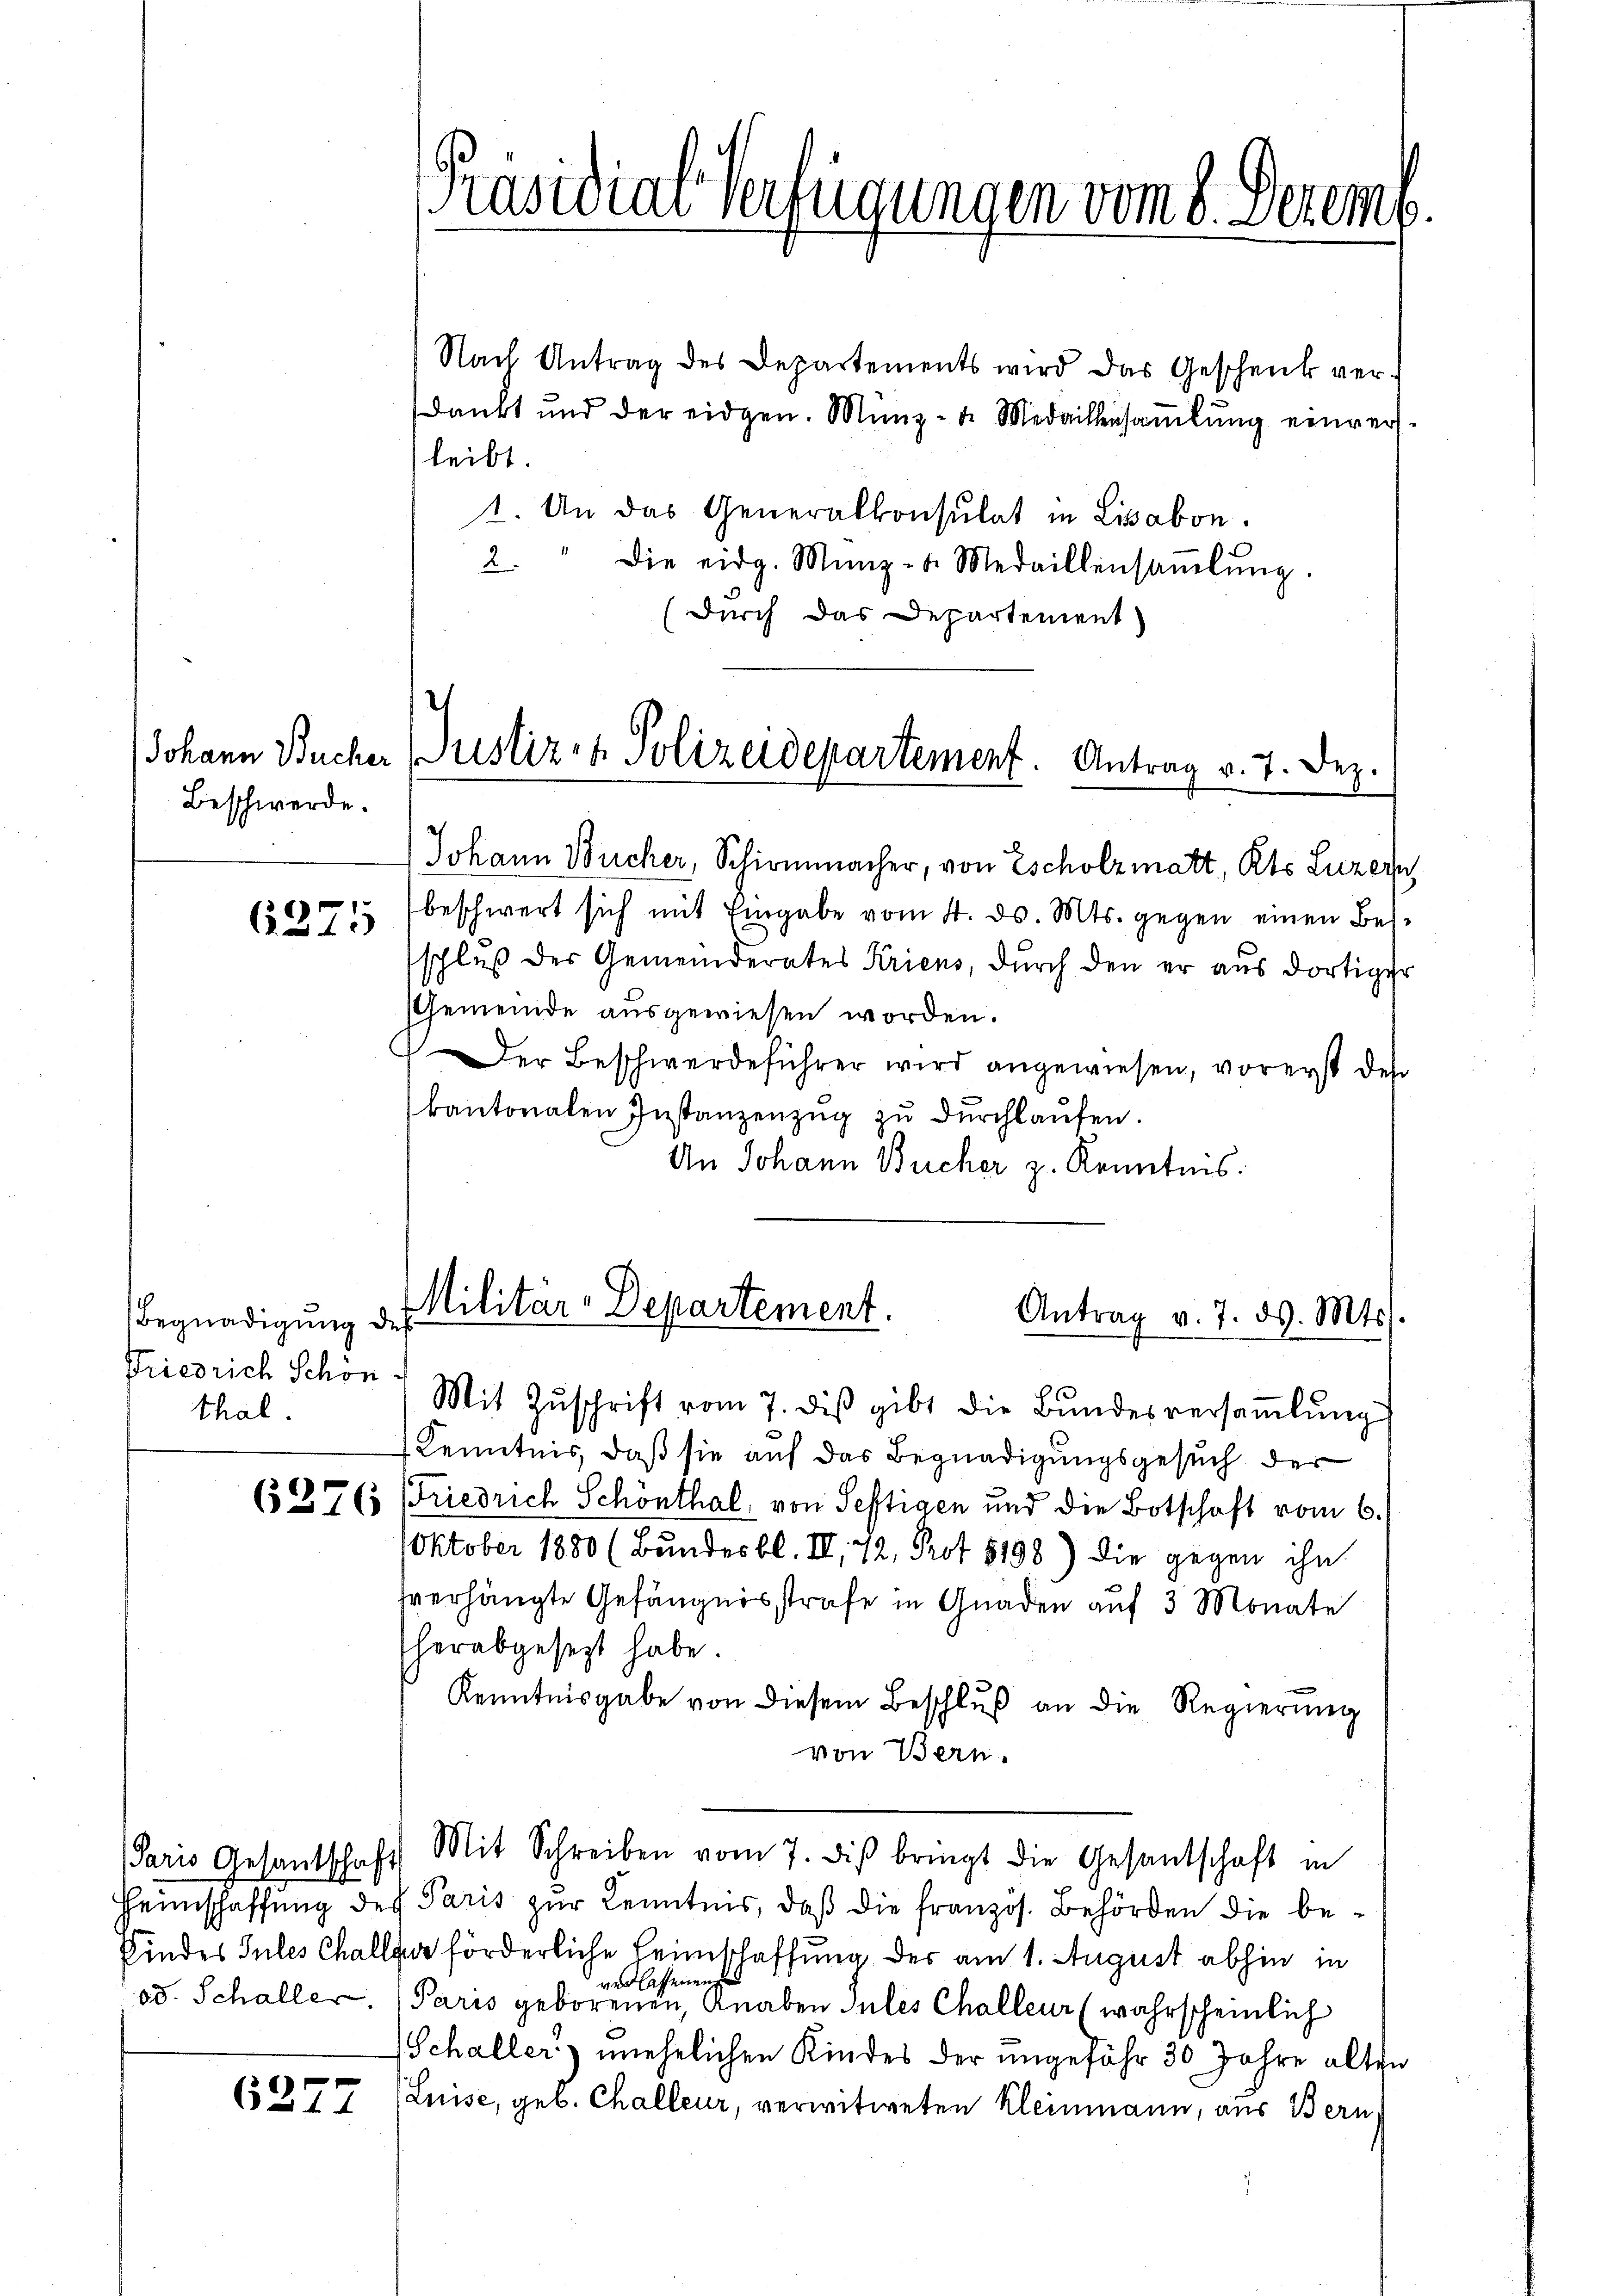
Beschwerde.

6271

Begnadigung des
Friedrich Schon
thal.

6277

Präsidial-Verfügungen vom 8. Dezem

Nach Antrag des Departements wird das Geschenk verdankt und der eidgen. Münz- u. Medaillensaṁlŭng einver-
leibt.
t. An das Generalkonsulat in Lisabon.
2. " die eidg. Münz- u. Medaillensaṁlŭng.
durch das Departement

Johann Bucher Justiz- & Polizeidepartement. Antrag v. 7. Dez.

Johann Bücher, Schirmmacher, von Escholzmatt, Kts. Luzern
beschwert sich mit Eingabe vom 4. d. Mts. gegen einen Besschlŭβ der Gemeinderates Kriens, durch den er aus dortiger
Gemeinde ausgewiesen worden.
Der Beschwerdeführer wird angewiesen, vorerst des
kantonalen Instanzenzŭg zŭ dŭrchlaufen.
An Johann Bücher z. Kenntnis.

Militar-Departement.
Antrag v. 7. ds. Mts.

Mit Zŭschrift vom 7. diβ gibt die Bŭndesversaṁlŭng
 Kenntnis, daß sie auf das Begnadigungsgesuch der

627 (5 (Friedrich Schönthal, von Seftigen und die Botschaft vom 6.
Oktober 1880 (Bundesbl. II 72, Prot. 5198) die gegen ihn
hverhängte Gefängnisstrafe in Gnaden auf 3 Monate
herabgesetzt habe.
Kenntnisgabe von diesem Beschlŭβ an die Regierung
von Bern.
Paris Gesantschaft Mit Schreiben vom 7. diβ bringt die Gesantschaft in
Heimschaffung des Paris zur Kenntnis, daß die französ. Behörden die be¬
Findes Gutes Challer förderliche Heimschaffung der am 1. August abhin in
verlassenen
od. Schaller. Paris geborenen Anaben Julis Challeur (wahrscheinlich
Schaller unehrlichen Kindes der ungefähr 30 Jahre alten
Luise, geb. Challeur, verwitweten Kleinmann, aus Bern,